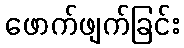
ဖောက်ဖျက်ခြင်း